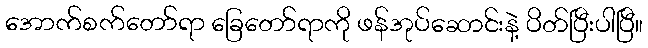
အောက်စက်တော်ရာ ခြေတော်ရာကို ဖန်အုပ်ဆောင်းနဲ့ ပိတ်ပြီးပါပြီ။